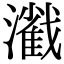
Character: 𤁢